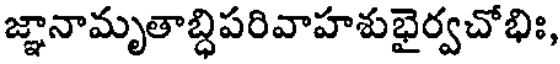
జ్ఞానామృతాబ్ధిపరివాహశుభైర్వచోభిః,